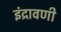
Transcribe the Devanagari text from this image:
इंद्रावणी